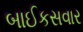
બાઈકસવાર